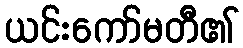
ယင်းကော်မတီ၏